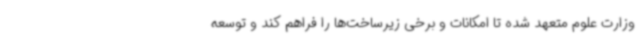
وزارت علوم متعهد شده تا امکانات و برخی زیرساخت‌ها را فراهم کند و توسعه